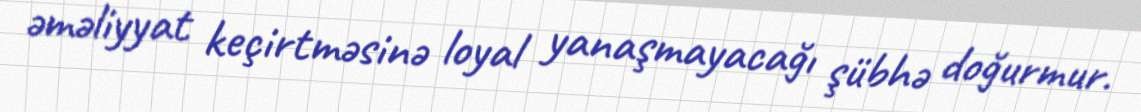
əməliyyat keçirtməsinə loyal yanaşmayacağı şübhə doğurmur.